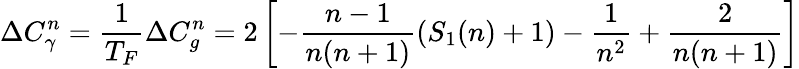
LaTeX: \Delta C_{\gamma}^{n}=\frac{1}{T_{F}}\Delta C_{g}^{n}=2\left[-\frac{n-1}{n(n+1)}\left(S_{1}(n)+1\right)-\frac{1}{n^{2}}+\frac{2}{n(n+1)}\right]